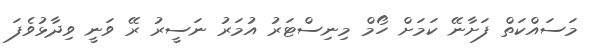
މަސައްކަތް ފަށާނޭ ކަމަށް ހޯމް މިނިސްޓަރު އުމަރު ނަސީރު ރޭ ވަނީ ވިދާޅުވެފަ